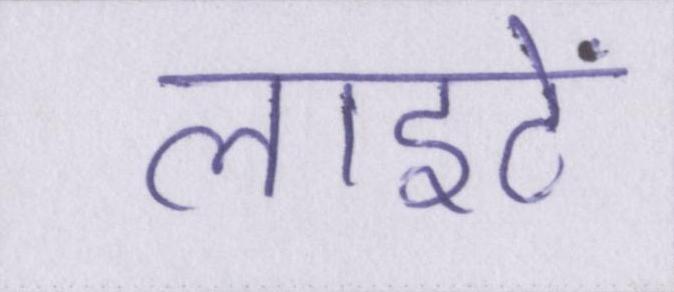
लाइटें